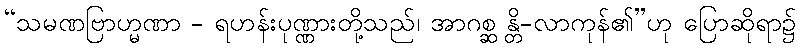
“သမဏဗြာဟ္မဏာ - ရဟန်းပုဏ္ဏားတို့သည်၊ အာဂစ္ဆ န္တိ-လာကုန်၏”ဟု ပြောဆိုရာ၌